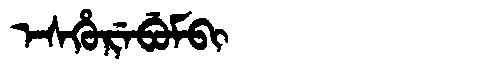
Manchu: ᡝᠰᡥᡠᡵᡝᠪᡠᠮᠪᡳ
Romanization: ESHUREBUMBI